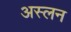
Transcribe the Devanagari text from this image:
अस्लन